Mental hospitals Bombay report 1921-28 - 1921-1928
Year: 1921
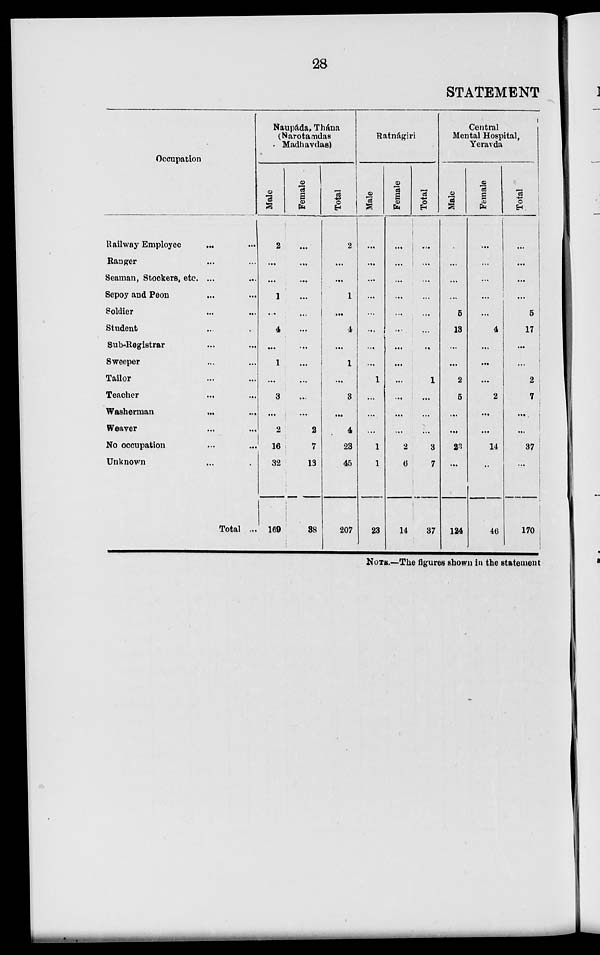
28
STATEMENT
Occupation
Railway Employee ... ...
Ranger ... ...
Seaman, Stockers, etc. ... ...
Sepoy and Peon ... ...
Soldier ... ...
Student ... ...
Sub-Registrar ... ...
Sweeper ... ...
Tailor ... ...
Teacher ... ...
Washerman
...
...
Weaver ... ...
No occupation ... ...
Unknown ... ...
Total ...
Naupáda, Thána
(Narotamdas
Madhavdas)
Male
2
...
...
1
...
4
...
1
...
3
...
2
16
32
169
Female
...
...
...
...
...
...
...
...
...
...
...
2
7
13
38
Total
2
...
...
1
...
4
...
1
...
3
...
4
23
45
207
Ratnágiri
Male
...
...
...
...
...
...
...
...
1
...
...
...
1
1
23
Female
...
...
...
...
...
...
...
...
...
...
...
...
2
6
14
Total
...
...
...
...
...
...
...
...
1
...
...
...
3
7
37
Central
Mental Hospital,
Yeravda
Male
...
...
...
...
5
13
...
...
2
5
...
...
23
...
124
Female
...
...
...
...
...
4
...
...
...
2
...
...
14
...
46
Total
...
...
...
...
5
17
...
...
2
7
...
...
37
...
170
NOTE.—The figures shown in the statement